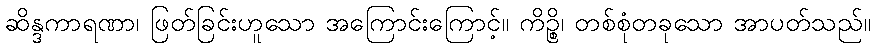
ဆိန္ဒကာရဏာ၊ ဖြတ်ခြင်းဟူသော အကြောင်းကြောင့်။ ကိဉ္စိ၊ တစ်စုံတခုသော အာပတ်သည်။